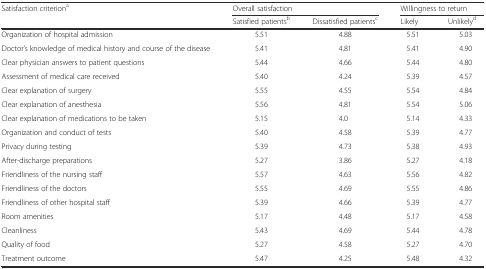
| <ROWSPAN=2> Satisfaction criteriona | <COLSPAN=2> Overall satisfaction | <COLSPAN=2> Willingness to return |
 | Satisfied patientsb | Dissatisfied patientsc | Likely | Unlikelyd |
 | --- | --- | --- | --- | --- |
 | Organization of hospital admission | 5.51 | 4.88 | 5.51 | 5.03 |
 | Doctor’s knowledge of medical history and course of the disease | 5.41 | 4.81 | 5.41 | 4.90 |
 | Clear physician answers to patient questions | 5.44 | 4.66 | 5.44 | 4.80 |
 | Assessment of medical care received | 5.40 | 4.24 | 5.39 | 4.57 |
 | Clear explanation of surgery | 5.55 | 4.55 | 5.54 | 4.84 |
 | Clear explanation of anesthesia | 5.56 | 4.81 | 5.54 | 5.06 |
 | Clear explanation of medications to be taken | 5.15 | 4.0 | 5.14 | 4.33 |
 | Organization and conduct of tests | 5.40 | 4.58 | 5.39 | 4.77 |
 | Privacy during testing | 5.39 | 4.73 | 5.38 | 4.93 |
 | After-discharge preparations | 5.27 | 3.86 | 5.27 | 4.18 |
 | Friendliness of the nursing staff | 5.57 | 4.63 | 5.56 | 4.82 |
 | Friendliness of the doctors | 5.55 | 4.69 | 5.55 | 4.86 |
 | Friendliness of other hospital staff | 5.39 | 4.66 | 5.39 | 4.77 |
 | Room amenities | 5.17 | 4.48 | 5.17 | 4.58 |
 | Cleanliness | 5.43 | 4.69 | 5.44 | 4.78 |
 | Quality of food | 5.27 | 4.58 | 5.27 | 4.70 |
 | Treatment outcome | 5.47 | 4.25 | 5.48 | 4.32 |